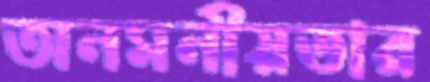
অনমনীয়তার